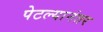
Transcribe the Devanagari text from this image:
पेटल्यानंतर